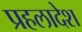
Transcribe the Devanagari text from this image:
प्रहलादेश